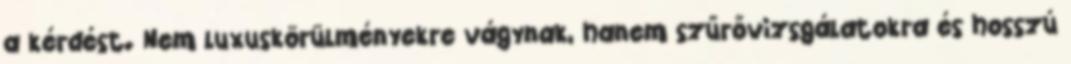
a kérdést. Nem luxuskörülményekre vágynak, hanem szűrővizsgálatokra és hosszú